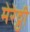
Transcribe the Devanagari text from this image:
मेरेठ्ठी